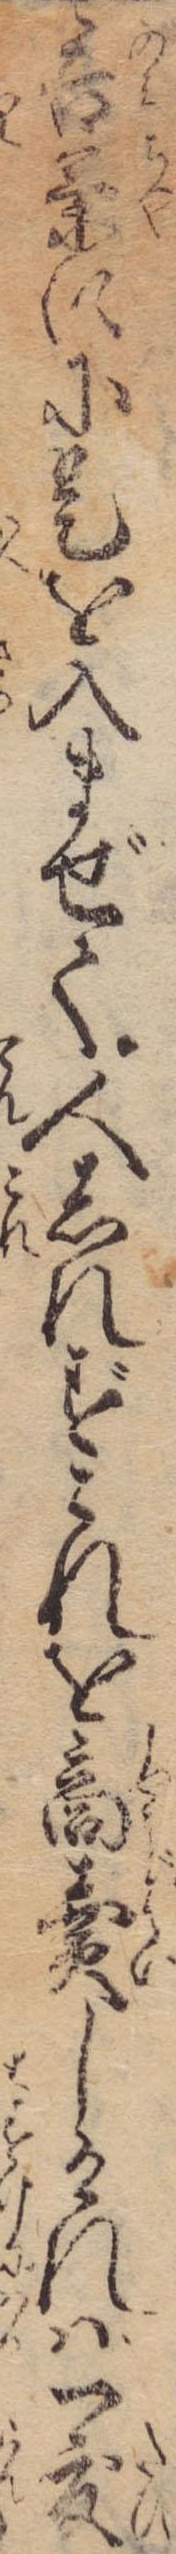
呑茶にに是を入まぜて人しれずこれを商売しけれは一度